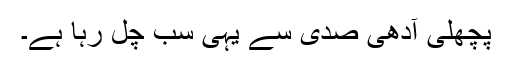
پچھلی آدھی صدی سے یہی سب چل رہا ہے۔